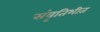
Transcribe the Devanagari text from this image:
संवृतिभीत